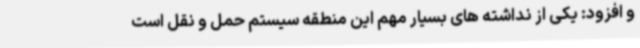
و افزود: یکی از نداشته های بسیار مهم این منطقه سیستم حمل و نقل است